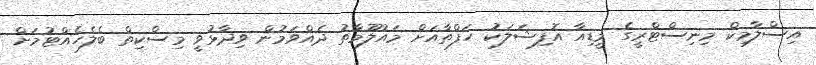
އިސްލާމިކް މިނިސްޓްރީގެ މީޑިއާ އޮފިޝަލަކު ހަފްތާއަށް މައުލޫމާތު ދެއްވަމުން ވިދާޅުވީ މިސްކިތް ބެލެހެއްޓުމަށް